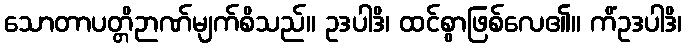
သောတာပတ္တိဉာဏ်မျက်စိသည်။ ဥဒပါဒိ၊ ထင်စွာဖြစ်လေ၏။ ကိံဥဒပါဒိ၊